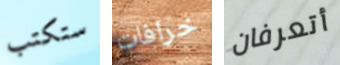
ستكتب خرافات أتعرفان